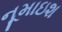
નૂમાઇશ